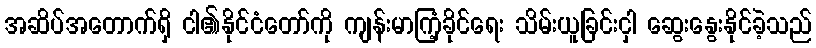
အဆိပ်အတောက်ရှိ ငါ၏နိုင်ငံတော်ကို ကျန်းမာကြံ့ခိုင်ရေး သိမ်းယူခြင်းငှါ ဆွေးနွေးနိုင်ခဲ့သည်